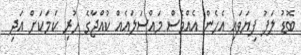
ބޮޑު ލަފު ފިޔަވައި އެހެން އެއްވެސް މައްސަލައެއް ކުއްޖާގެ ހުރި ކަމަކަށް އަދި